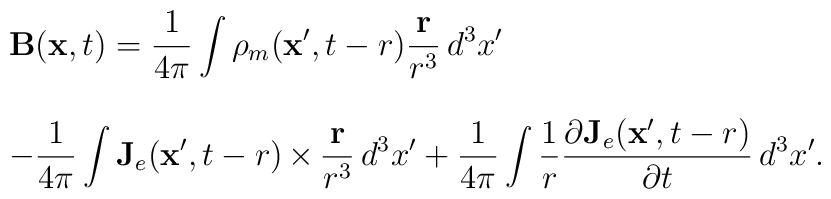
\begin{array}{l}\mathbf{B}(\mathbf{x},t) =\displaystyle\frac{1}{4\pi}\int\rho_m(\mathbf{x}',t-r)\frac{\mathbf{r}}{r^3}\,d^3x'\\~\\ -\displaystyle\frac{1}{4\pi}\int\mathbf{J}_e(\mathbf{x}',t-r)\,{\bf \times}\,\frac{\mathbf{r}}{r^3}\,d^3x'+\displaystyle\frac{1}{4\pi}\int\frac{1}{r}\frac{\partial\mathbf{J}_e(\mathbf{x}',t-r)}{\partial t}\,d^3x' .\end{array}